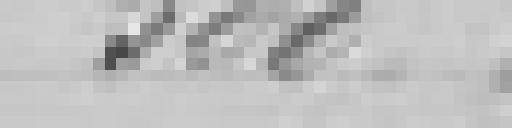
500